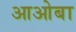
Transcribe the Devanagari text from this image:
आओबा